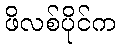
ဖိလစ်ပိုင်က